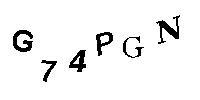
G74PGN